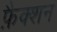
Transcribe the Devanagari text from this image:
फ़ैक्शन